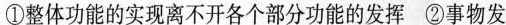
①整体功能的实现离不开各个部分功能的发挥②事物发